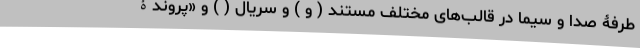
طرفۀ صدا و سیما در قالب‌های مختلف مستند ( و ) و سریال ( ) و «پروندۀ